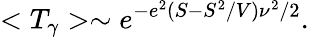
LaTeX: <T_{\gamma}>\sim e^{-e^{2}(S-S^{2}/V)\nu^{2}/2}.